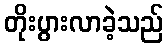
တိုးပွားလာခဲ့သည်